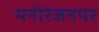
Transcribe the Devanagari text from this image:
मनोरंजनपर